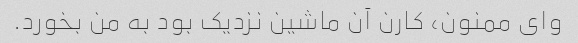
وای ممنون، کارن آن ماشین نزدیک بود به من بخورد.